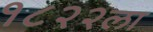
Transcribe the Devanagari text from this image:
१८२२ला